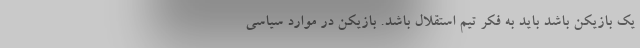
یک بازیکن باشد باید به فکر تیم استقلال باشد. بازیکن در موارد سیاسی